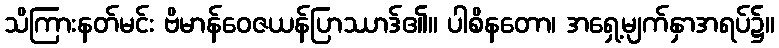
သိကြားနတ်မင်း ဗိမာန်ဝေဇယန်ပြာဿာဒ်၏။ ပါစိနတော၊ အရှေ့မျက်နှာအရပ်၌။